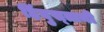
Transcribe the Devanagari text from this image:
हिंदुस्‍तानी